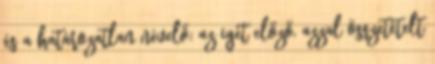
és a határozatlan névelő; az igét előző, azzal összetételt